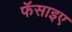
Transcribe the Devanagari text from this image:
फॅसाइए